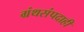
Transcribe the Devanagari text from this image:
ग्रंथसंपदाही